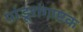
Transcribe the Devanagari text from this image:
पांडूरांगाष्टक